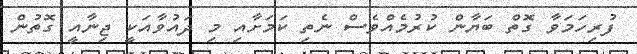
ފުރިހަމަވާ ގޮތް ބަޔާން ކުރުމެއްވެސް ނެތި ކަމަށާއި މި ދައުވާއަކީ ޖިނާއީ ގޮތުން